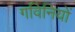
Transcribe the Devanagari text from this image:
गविनियों